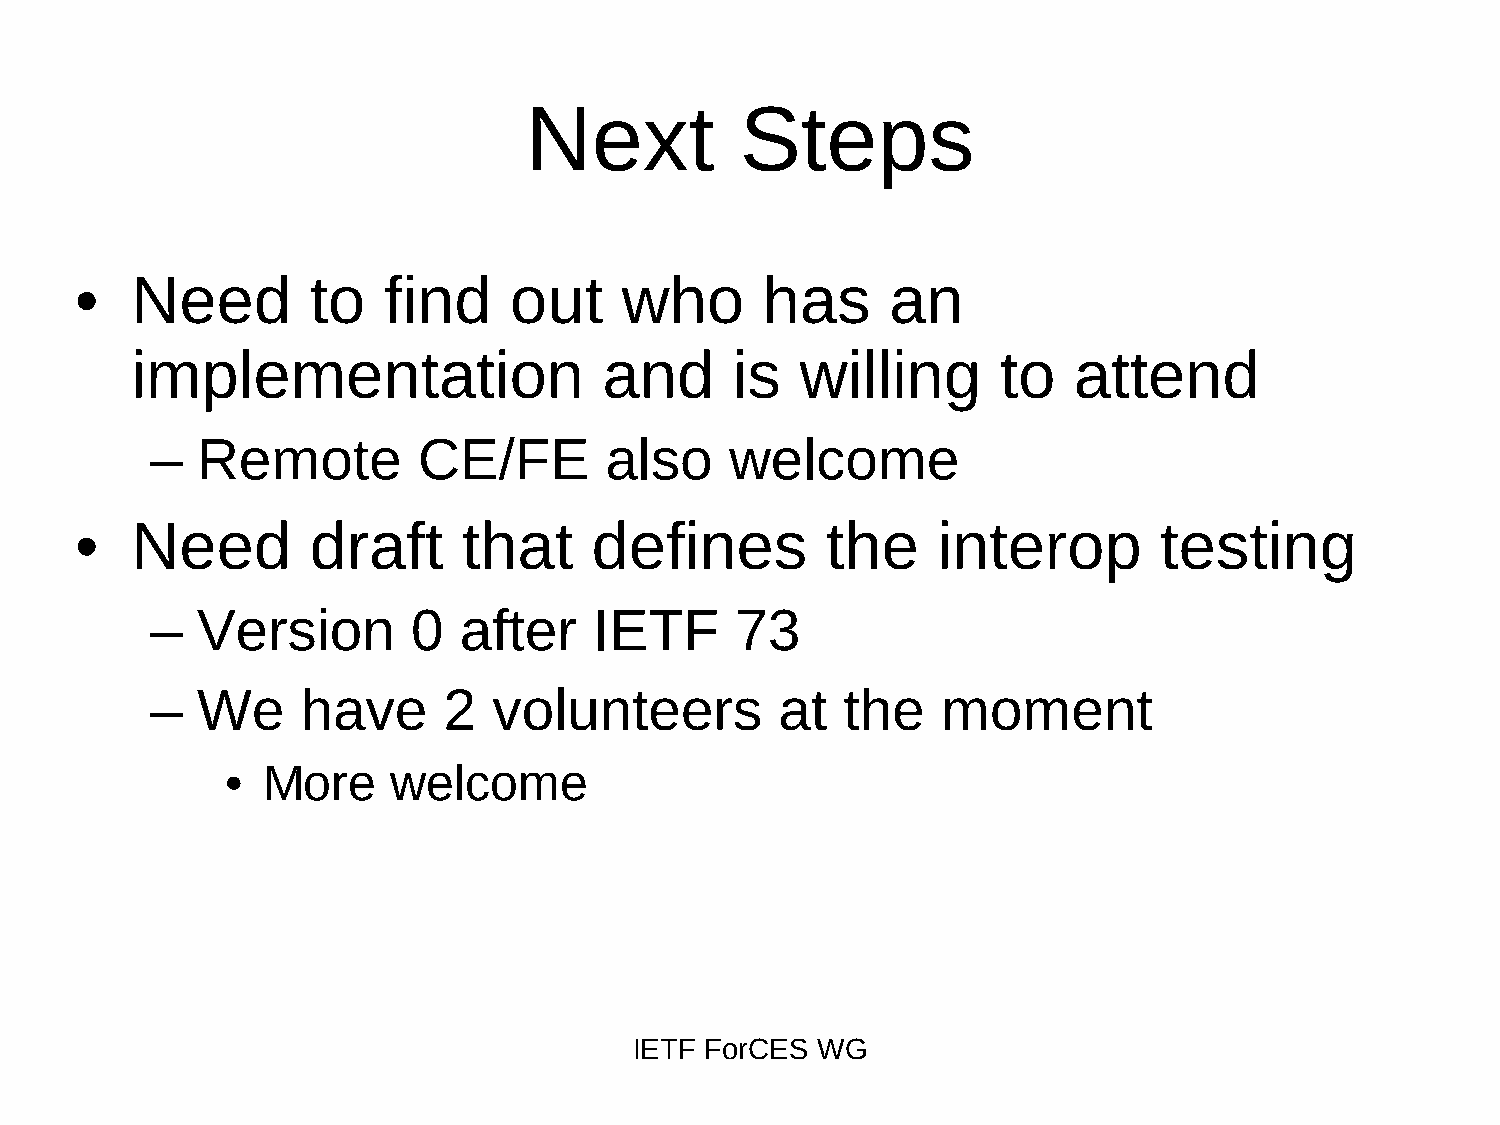
Next          Steps
 •   Need        to  find     out    who      has      an
 implementation                 and      is  willing      to   attend
 –  Remote         CE/FE       also    welcome
 •   Need        draft     that    defines         the    interop        testing
 –  Version       0  after    IETF      73
 –  We     have     2   volunteers         at  the   moment
 • More     welcome
 IETF ForCES WG